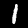
Digit: 1